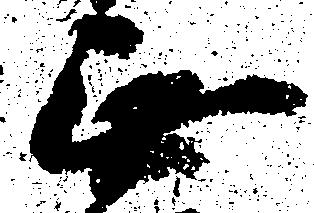
無